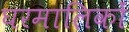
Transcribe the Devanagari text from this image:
घरमालिकों